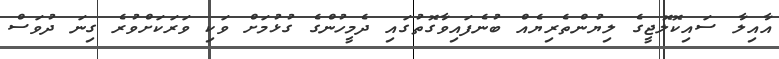
އާއިލާ ސައިކޮލޮޖީގެ ލިޔުންތެރިޔެއް ބުނެފައިވާގޮތުގައި ދެމީހުންގެ ގުޅުމަށް ވަކި ވަަރަކަށްވުރެ ގިނަ ދުވަސް